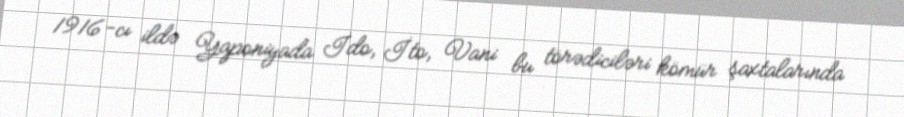
1916-cı ildə Yaponiyada İdo, İto, Vani bu törədiciləri kömür şaxtalarında